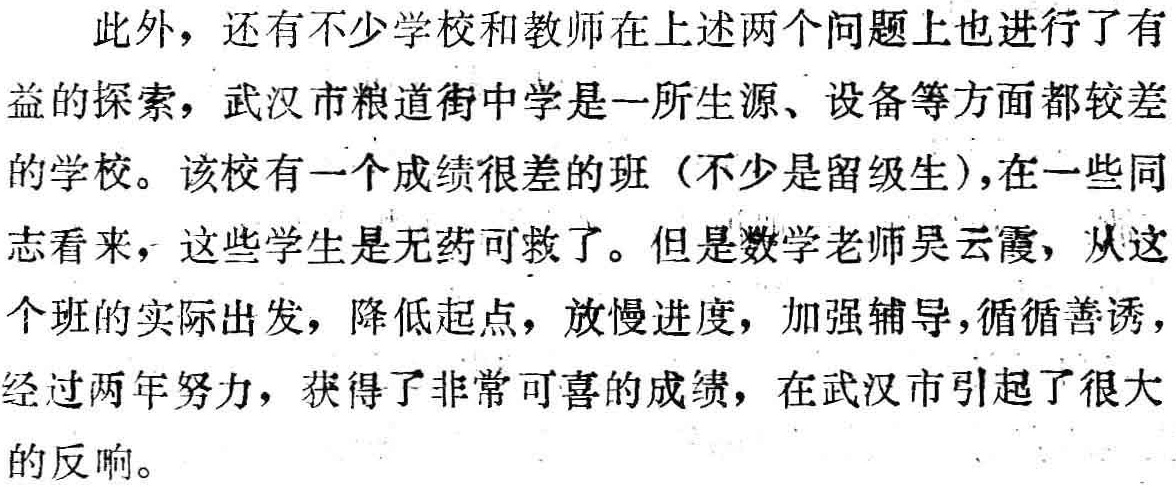
此外，还有不少学校和教师在上述两个问题上也进行了有
益的探索，武汉市粮道街中学是一所生源、设备等方面都较差
的学校。该校有一个成绩很差的班（不少是留级生），在一些同
志看来，这些学生是无药可救了。但是数学老师吴云霞，从这
个班的实际出发，降低起点，放慢进度，加强辅导，循循善诱，
经过两年努力，获得了非常可喜的成绩，在武汉市引起了很大
的反响。